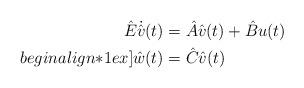
LaTeX: \begin{align*} \hat{E} \dot{\hat{v}}(t) & = \hat{A} \hat{v}(t) + \hat{B} u(t) \\begin{align*}1ex] \hat{w}(t) & = \hat{C} \hat{v}(t) \end{align*}